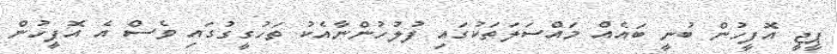
ޕީޖީ އޮފީހުން ބުނީ ބައެއް މައްސަލަތަކުގައި ފުލުހުންނާއެކު ތަހުގީގުގައި ވެސް އެ އޮފީހުން